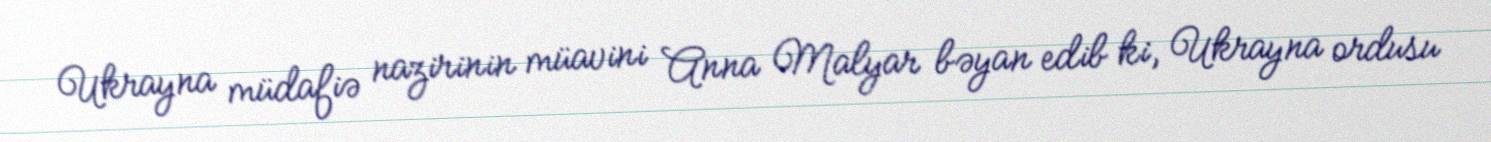
Ukrayna müdafiə nazirinin müavini Anna Malyar bəyan edib ki, Ukrayna ordusu